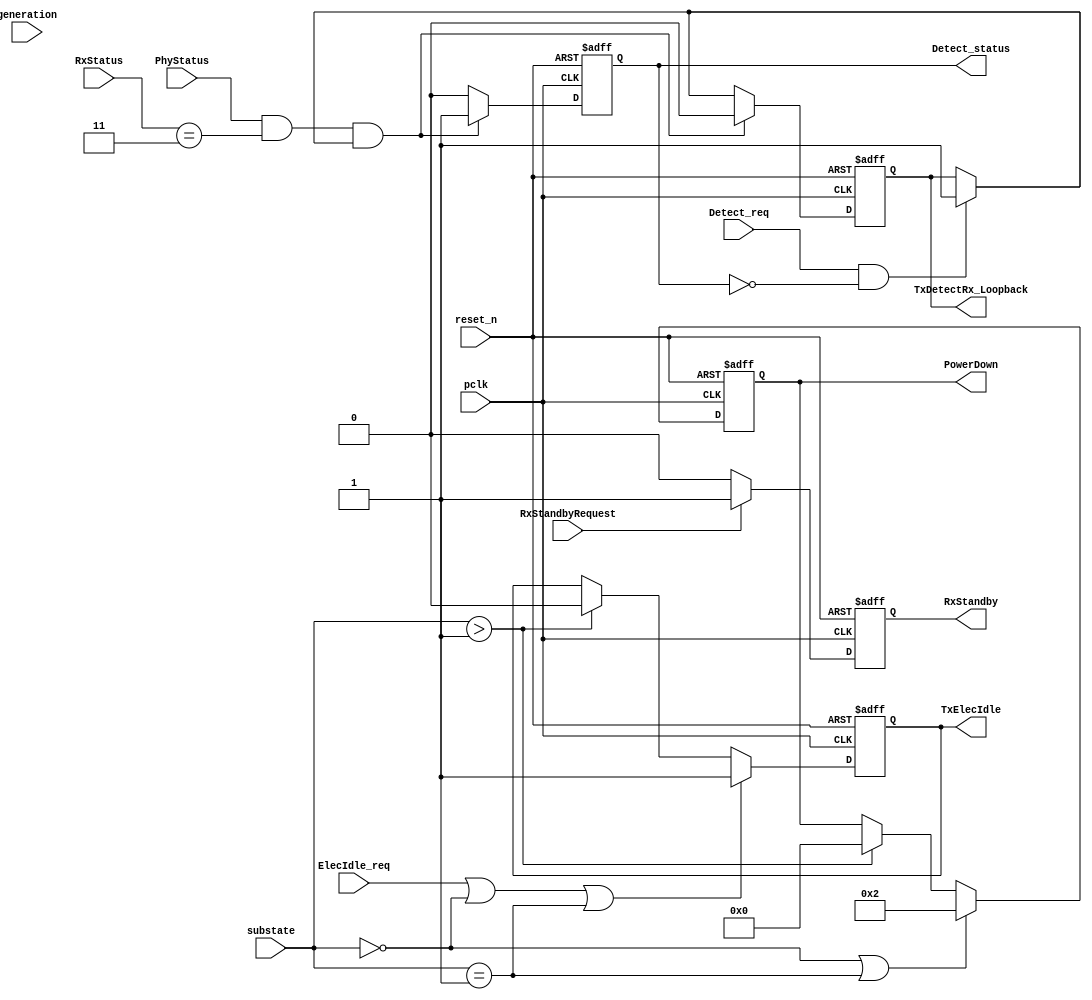
module PIPE_Control(substate, generation, pclk, reset_n, RxStatus, ElecIdle_req, Detect_req, PhyStatus, TxDetectRx_Loopback, PowerDown, Detect_status, TxElecIdle,RxStandbyRequest,RxStandby);


parameter number_of_lanes= 4;
parameter  DetectQuiet = 4'b0000, DetectActive = 4'b0001, PollingActive = 4'b0010,
      PollingConfigration = 4'b0011, ConfigrationLinkWidthStart = 4'b0100, ConfigrationLinkWidthAccept= 4'b0101,
            ConfigrationLaneNumWait = 4'b0110,  ConfigrationLaneNumActive = 4'b0111, ConfigrationComplete = 4'b1000,
            ConfigrationIdle = 4'b1001,L0=4'b1010 ,Idle=4'b1111;

input pclk, reset_n;
input [4:0] substate;
input [2:0] generation;
input [2:0] RxStatus; 
input ElecIdle_req, Detect_req, PhyStatus;
input RxStandbyRequest;
output reg TxDetectRx_Loopback;
output reg [3:0] PowerDown;
output reg Detect_status; 
output reg TxElecIdle;
output reg RxStandby;

always @(posedge pclk or negedge reset_n) begin
  if (~reset_n) begin
  	PowerDown= 2;
  	Detect_status=0;
  	TxElecIdle=1;
  	TxDetectRx_Loopback=0;
    RxStandby = 1'b0;
  end

  else begin

      if (ElecIdle_req==1 || substate == DetectQuiet || substate == DetectActive) begin
            TxElecIdle=1;
      end
      else if(substate > 1) begin
            TxElecIdle=0;
      end

      if(substate == DetectQuiet || substate  == DetectActive) begin
        PowerDown = 2;
      end
      else if(substate > 1) begin
        PowerDown = 0;
      end
        
      if (Detect_req==1 && Detect_status == 0) begin
          TxDetectRx_Loopback =1;
      end

      if (PhyStatus==1 && RxStatus==3'b011 && TxDetectRx_Loopback == 1) begin
          TxDetectRx_Loopback =0;
          Detect_status=1;      
      end
      else begin
          Detect_status=0;
      end

      if(RxStandbyRequest)
      begin
        RxStandby = 1'b1;
      end
      else RxStandby = 1'b0;

  end


 end

 endmodule